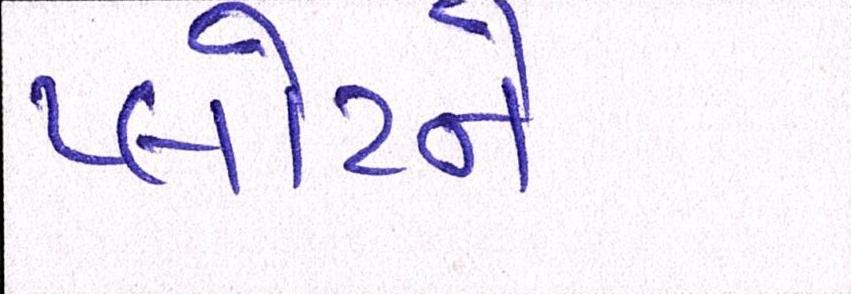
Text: પ્લોટને